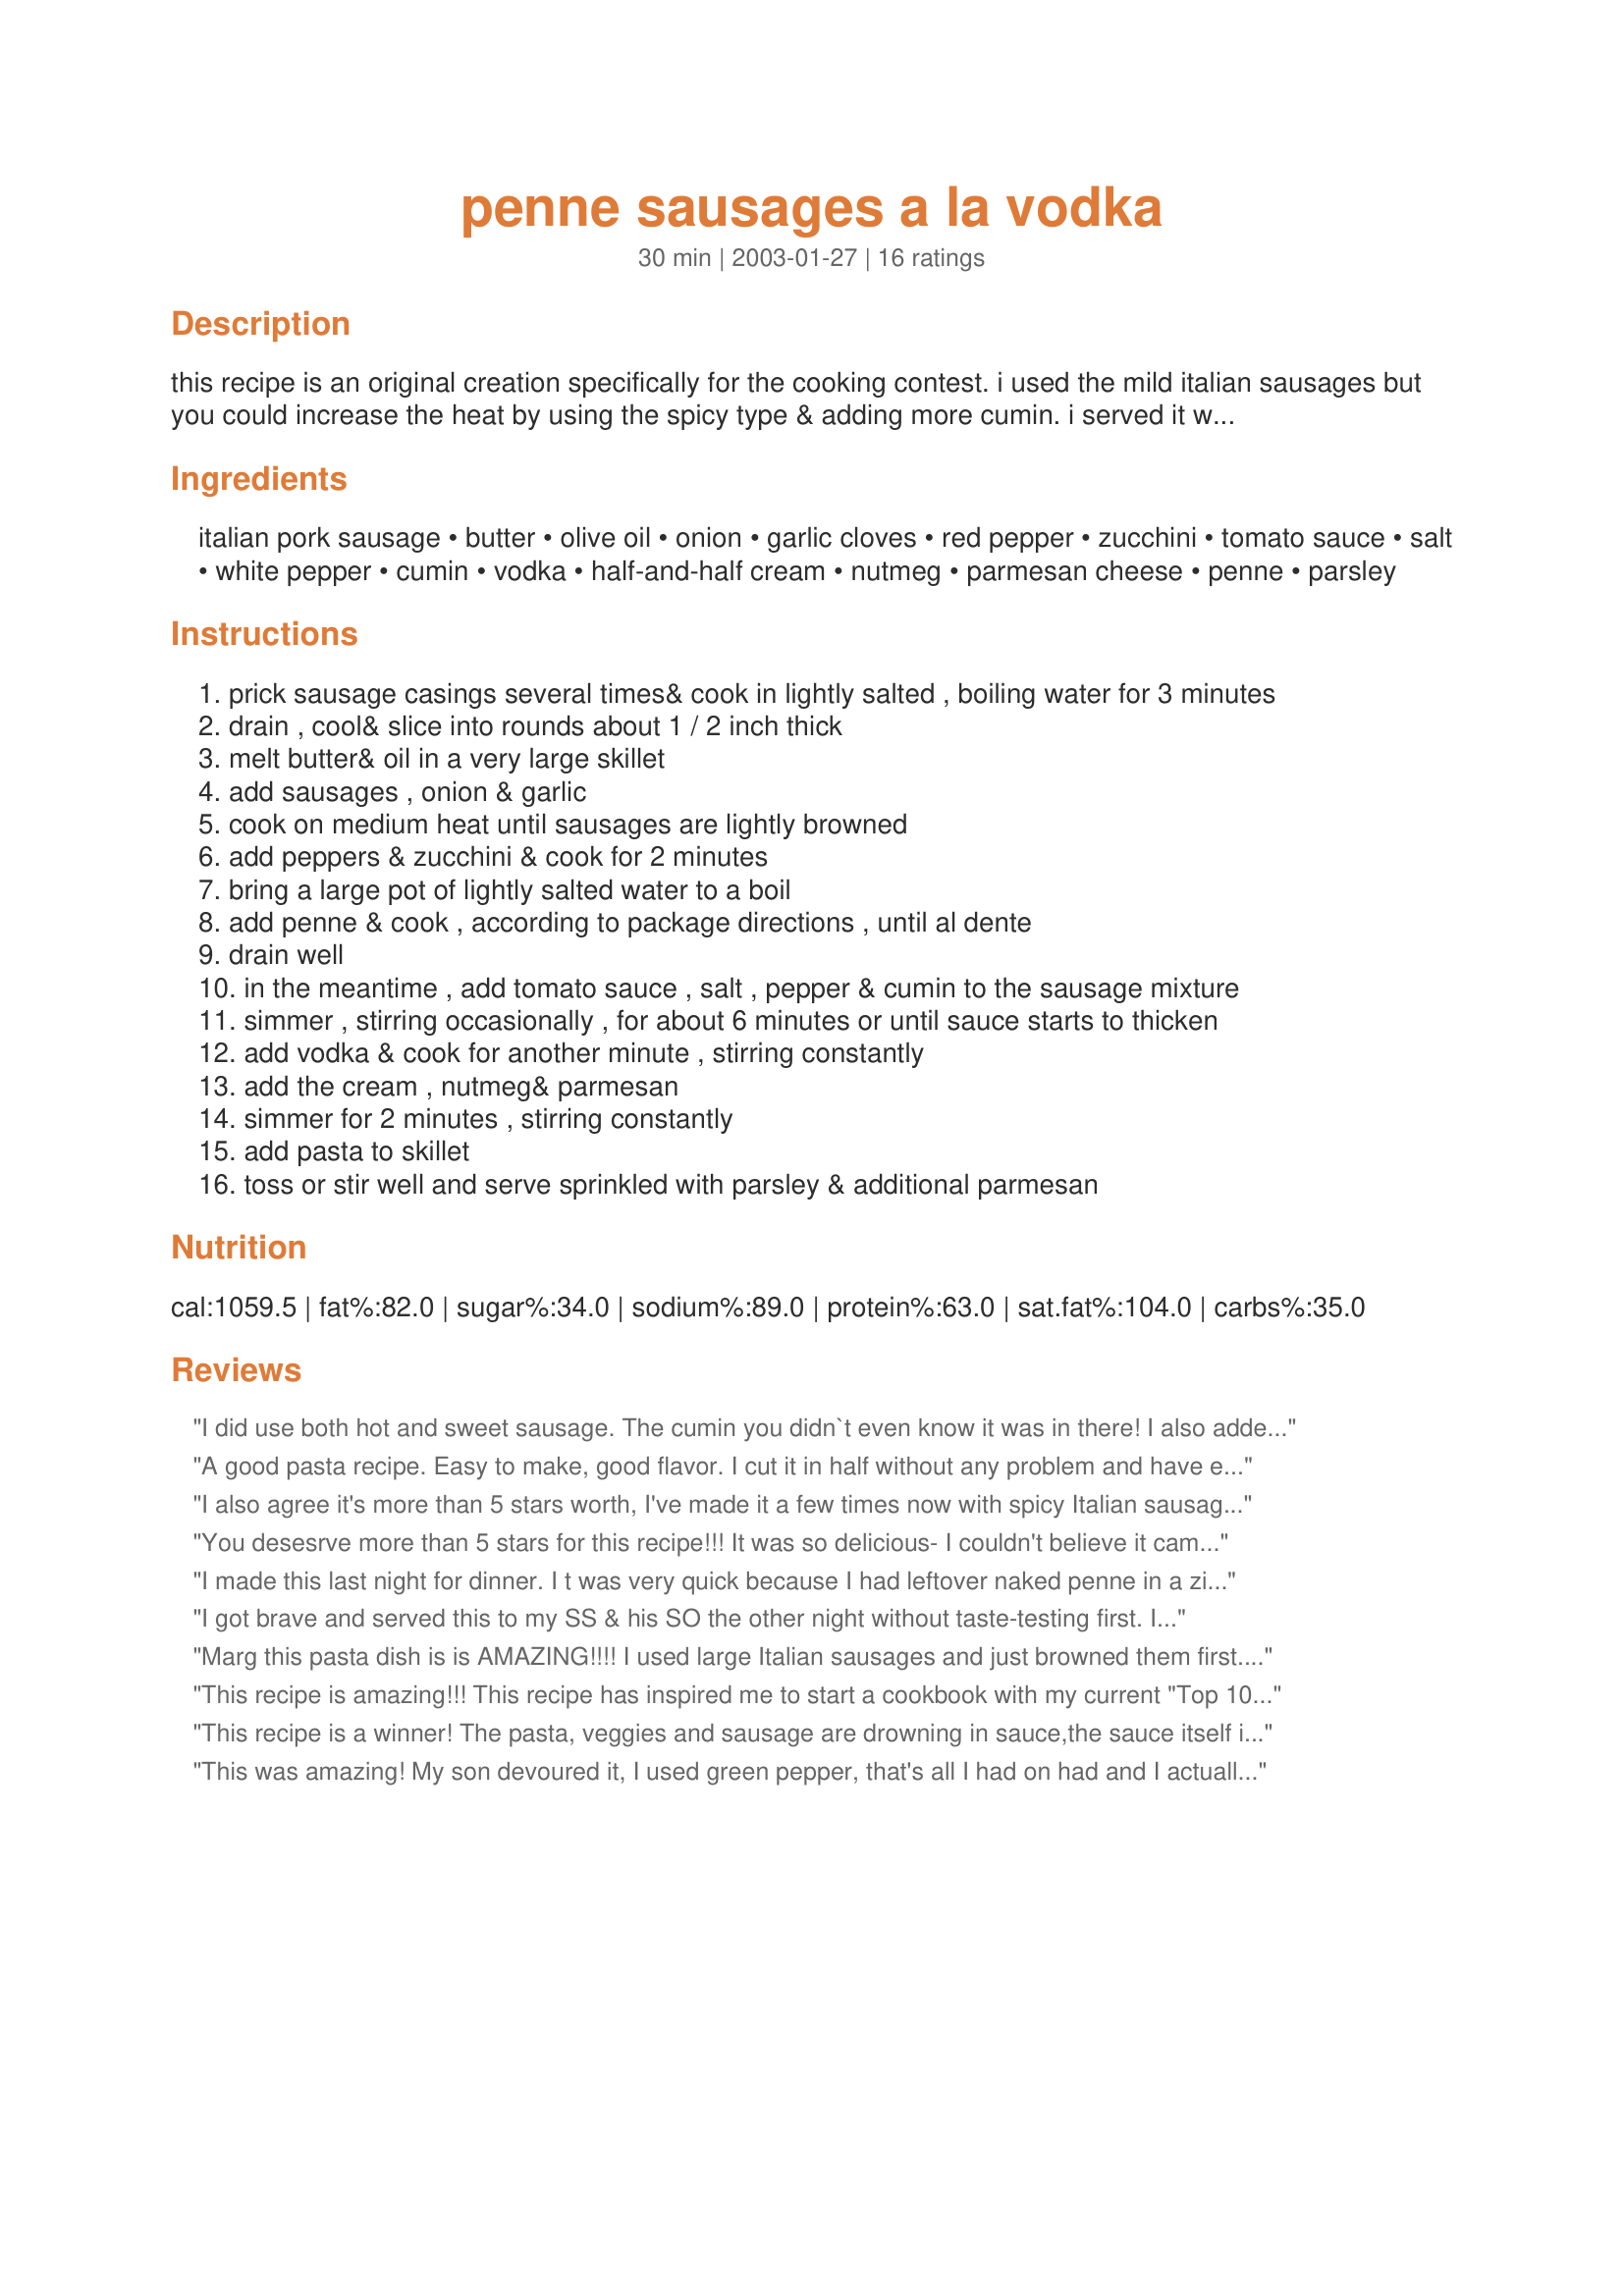
penne sausages a la vodka
Preparation time: 30 minutes

this recipe is an original creation specifically for the cooking contest. i used the mild italian sausages but you could increase the heat by using the spicy type & adding more cumin. i served it with caesar salad & garlic bread. my dh just loved the sauce & wants me to make this dish again!!

Ingredients:
italian pork sausage, butter, olive oil, onion, garlic cloves, red pepper, zucchini, tomato sauce, salt, white pepper, cumin, vodka, half-and-half cream, nutmeg, parmesan cheese, penne, parsley

Steps:
prick sausage casings several times& cook in lightly salted , boiling water for 3 minutes
drain , cool& slice into rounds about 1 / 2 inch thick
melt butter& oil in a very large skillet
add sausages , onion & garlic
cook on medium heat until sausages are lightly browned
add peppers & zucchini & cook for 2 minutes
bring a large pot of lightly salted water to a boil
add penne & cook , according to package directions , until al dente
drain well
in the meantime , add tomato sauce , salt , pepper & cumin to the sausage mixture
simmer , stirring occasionally , for about 6 minutes or until sauce starts to thicken
add vodka & cook for another minute , stirring constantly
add the cream , nutmeg& parmesan
simmer for 2 minutes , stirring constantly
add pasta to skillet
toss or stir well and serve sprinkled with parsley & additional parmesan

Reviews:
I did use both hot and sweet sausage. The cumin you didn`t even know it was in there! I also added the peppers and zucchini at the same time with the onions and garlic.The parmesan I let everyone add there own.This is something I would make again. It seems like I`ve made it before! My style of cooking! Just loved it! I could eat the whole thing!
A good pasta recipe. Easy to make, good flavor. I cut it in half without any problem and have enough left for lunch. I also did not use the best sausage, and if I had I'm sure it would make it even better. There's nothing really different, nusual or "knock me off my feet" about it, but its just a good basic recipe. Also, I dont like my pasta drowning in sauce, I like just enough to nicely coat the pasta with maybe a little for bread dipping, and this recipe was perfect for my liking. Very good and I think I would make it again, especially when zucchini season comes around.
I also agree it's more than 5 stars worth, I've made it a few times now with spicy Italian sausage. mmm yummy yummy!! Thanks for creating and sharing!
You desesrve more than 5 stars for this recipe!!! It was so delicious- I couldn't believe it came out of my kitchen! Thank you!
I made this last night for dinner. I t was very quick because I had leftover naked penne in a ziploc bag. It was absolutely wonderful, I couldn't resist adding a handful of fresh herbs and a dash of worcestershire sauce. I love it because it has lots of veggies in it. Ralph (my livein chef) said it was very good also. Thanks for a great recipe.
I got brave and served this to my SS & his SO the other night without taste-testing first. I'm glad I did as it was a big hit!! Both of them had seconds and that is not typical behavior for them ;) BTW if you don't have half-and-half on hand evaporated milk works just fine. (I like evap. milk in my coffee so I always have that around - not so with half-and-half)
Marg this pasta dish is is AMAZING!!!! I used large Italian sausages and just browned them first. I did increase the tomato sauce, slightly and the vodka amount was perfect with the increase. This recipe has all of the ingredients we love! Thank you for a wonderful pasta recipe I will make many times over!...Kitten:)
This recipe is amazing!!! This recipe has inspired me to start a cookbook with my current "Top 10 Zaar Recipes" b/c it's truly one of the best. I made some adjustments for diet/taste. I used Jennie-O Hot Turkey Sausage and rather than boiling it, I crumbled it and cooked it in with the sauce. I had fresh tomatoes, so I chopped them up and added them as well. Finally, because I like to make my own noodles (and can't do penne!) I served this over fettuccine noodles for a FANTASTIC meal. It's got this amazing "just perfect" spiciness to it. I would have oooohed and ahhhhed over this at any restaurant.
This recipe is a winner! The pasta, veggies and sausage are drowning in sauce,the sauce itself is smooth and creamy and not overwhelmingly tomato-y. We've experimented with both mild and spicy sausage, but prefer to use mild and just have chili flakes at the table for those who like more heat. This recipe is a regular at our table!
This was amazing! My son devoured it, I used green pepper, that's all I had on had and I actually used vanilla vodka..gave it a great taste. Thanks!
that was really good ... i didnt have volka so i put tequilla and it was amazing ... thanks you for that great recipe
I have had vodka sauces at restaurants but have never made them. This was really easy. I have tried to get my son to eat sweet Italian sausage and he thinks that it is too spicy. Boiling it and then slicing it must have made a difference. He didn't care for the sauce. I am not too crazy about the cumin. Thank you.
Enjoyed this as a good way to use up some of the alcohol that's been lurking around the house, without it being too overpowering. The veggies went really well with the tomato cream sauce. The main thing I did differently was to stick the sausages straight in the frying pan. I didn't see the point of boiling them first. I also made it slightly lower fat by using half-fat creme fraiche instead of cream. I thought there was just the right amount of sauce, lots to coat but not dripping in it. Fantastic.
Thank you for a delicious, easy recipe. I made this exactly as written (except I cut in in half) for dinner today and it was wonderful. All the ingredients worked so well together. I will definately make this again. Thanks for posting.
This is a great recipe that I can see making more often the future. I am fan of vodka sauces, though I had them mainly with just a bit of bacon in, not with veggies and sausage. It makes more of a complete meal, which is really nice. I halved the recipe as there are only 2 of us, which was enough because we are both stuffed. My DH doesn't usually scrape the pot for the last of the sauce, and he did with this recipe. You can't get Italian sausage here so I used Recipe #178446 and skipped to step 3. Thanks for sharing!
My husband found this recipe while looking for something to cook me for dinner (HE CAN NOT COOK!!!) It turned out amazing. I was sooo... proud of him. We will use this recipe often.
